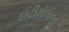
ઈટીમોલોજી